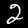
Label: 2